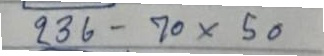
236 - 70 x 50